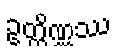
ဥတ္တိဏ္ဏဿ